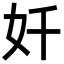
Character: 奷